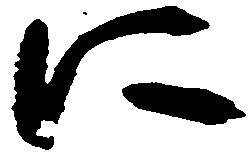
に